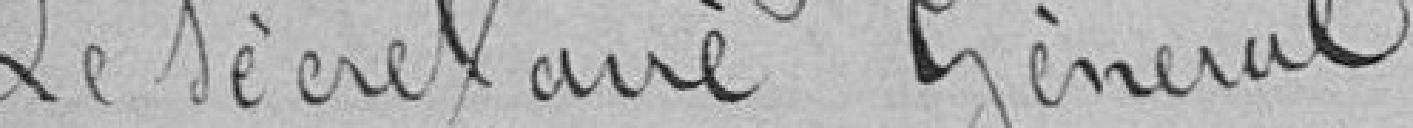
Le Secrétaire Général